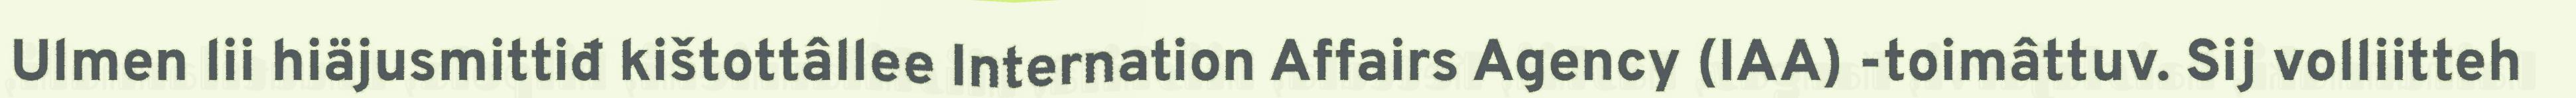
Ulmen lii hiäjusmittiđ kištottâllee Internation Affairs Agency (IAA) -toimâttuv. Sij volliitteh